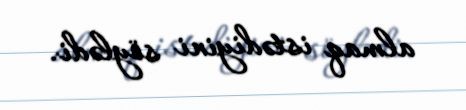
almaq istədiyini söylədi.